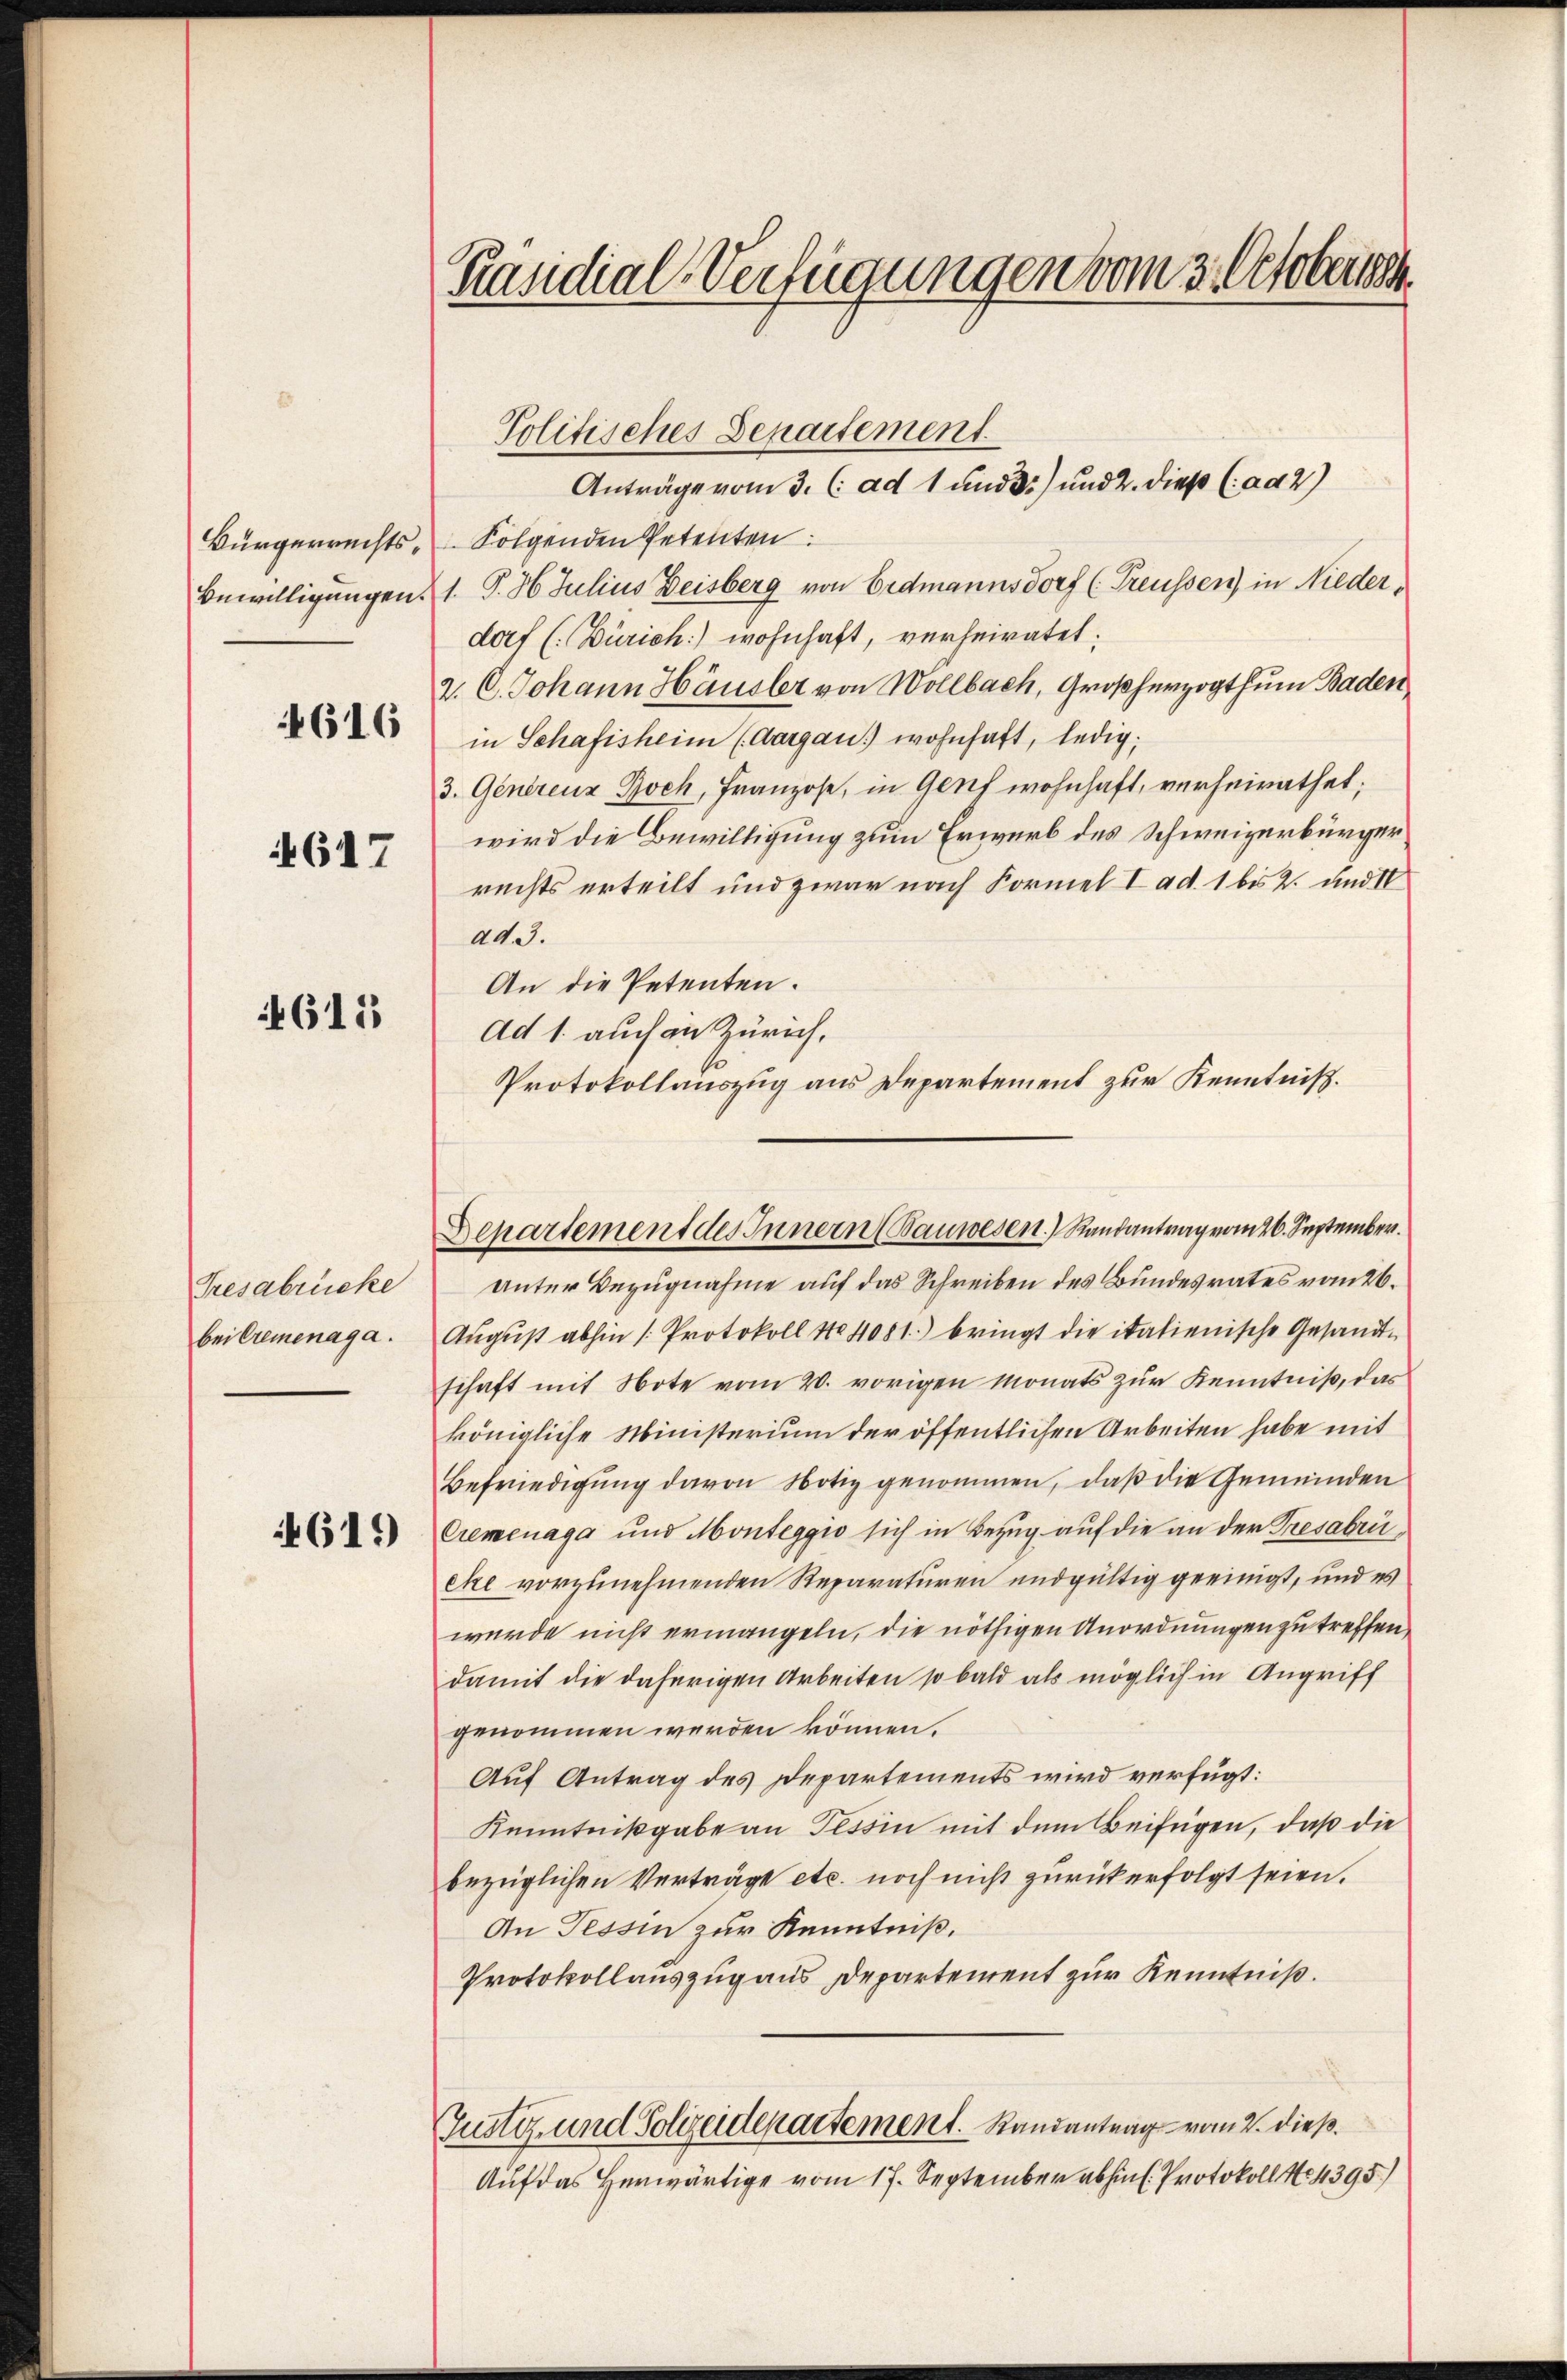
4616

617

611

Tresabrücke
bei Cremenaga.

4619)

Präsidial-Verfügungen vom 3. Octobersch

Politisches Departement.
Anträge vom 3. (: ad 1 und 3) und 2. dieß (ad 2)

Bürgerrechts - Folgenden Petenten:
Bewilligungen 1. P. 36 Julius Deisberg von Erdmannsdorf (Treussen) in Niederdorf (Zürich) wohnhaft, verheiratet:
2. C. Johann Häusler von Wollbach, Großherzogthum Baden
in Schafisheim (Aargau) wohnhaft, ledig,
3. Generenz Boch, Franzose, in Genf wohnhaft, verheirathet,
wird die Bewilligung zum Erwerb des Schweizerbürger
rechts erteilt und zwar nach Formel I ad. 1 bis 2. und IV
ad..
An die Petenten.
Ad 1. auch in Zürich,
Unter Bezugnahme auf das Schreiben des Bundesrates vom 26.
August abhin (Protokoll No 4081) bringt die italienische Gesandtschaft mit Note vom 20. vorigen Monats zur Kenntniß, das
königliche Ministerium der öffentlichen Arbeiten habe mit
Befriedigung davon Notiz genommen, daß die Gemeinden
Cremenaga und Monteggio sich in Bezug auf die an der Tresabrieke vorzunehmenden Reparaturen und gültig geeinigt, und es
wurde nicht ermangeln, die nöthigen Anordnungen zu treffen
damit die daherigen Arbeiten so bald als möglich in Angriff
genommen werden können.
Auf Antrag des Departements wird verfügt:
Kenntnißgabe an Tessin mit dem Beifügen, daß die
bezüglichen Verträge etc. noch nicht zurück erfolgt seien.
An Tessin zur Kenntniß.
Protokollauszug aus Departement zur Kenntniß.
Justiz- und Polizeidepartement. Randantrag vom 2. dieß.
Auf das Herwärtige vom 17. September abhin. Protokoll No 4395.)

Protokollauszug aus Departement zur Kenntniß.
Departement des Innern (Bauwesen Randantrag vom 26. September.